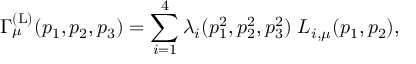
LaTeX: \Gamma _ { \mu } ^ { ( \mathrm { L } ) } ( p _ { 1 } , p _ { 2 } , p _ { 3 } ) = \sum _ { i = 1 } ^ { 4 } \lambda _ { i } ( p _ { 1 } ^ { 2 } , p _ { 2 } ^ { 2 } , p _ { 3 } ^ { 2 } ) \; L _ { i , \mu } ( p _ { 1 } , p _ { 2 } ) ,